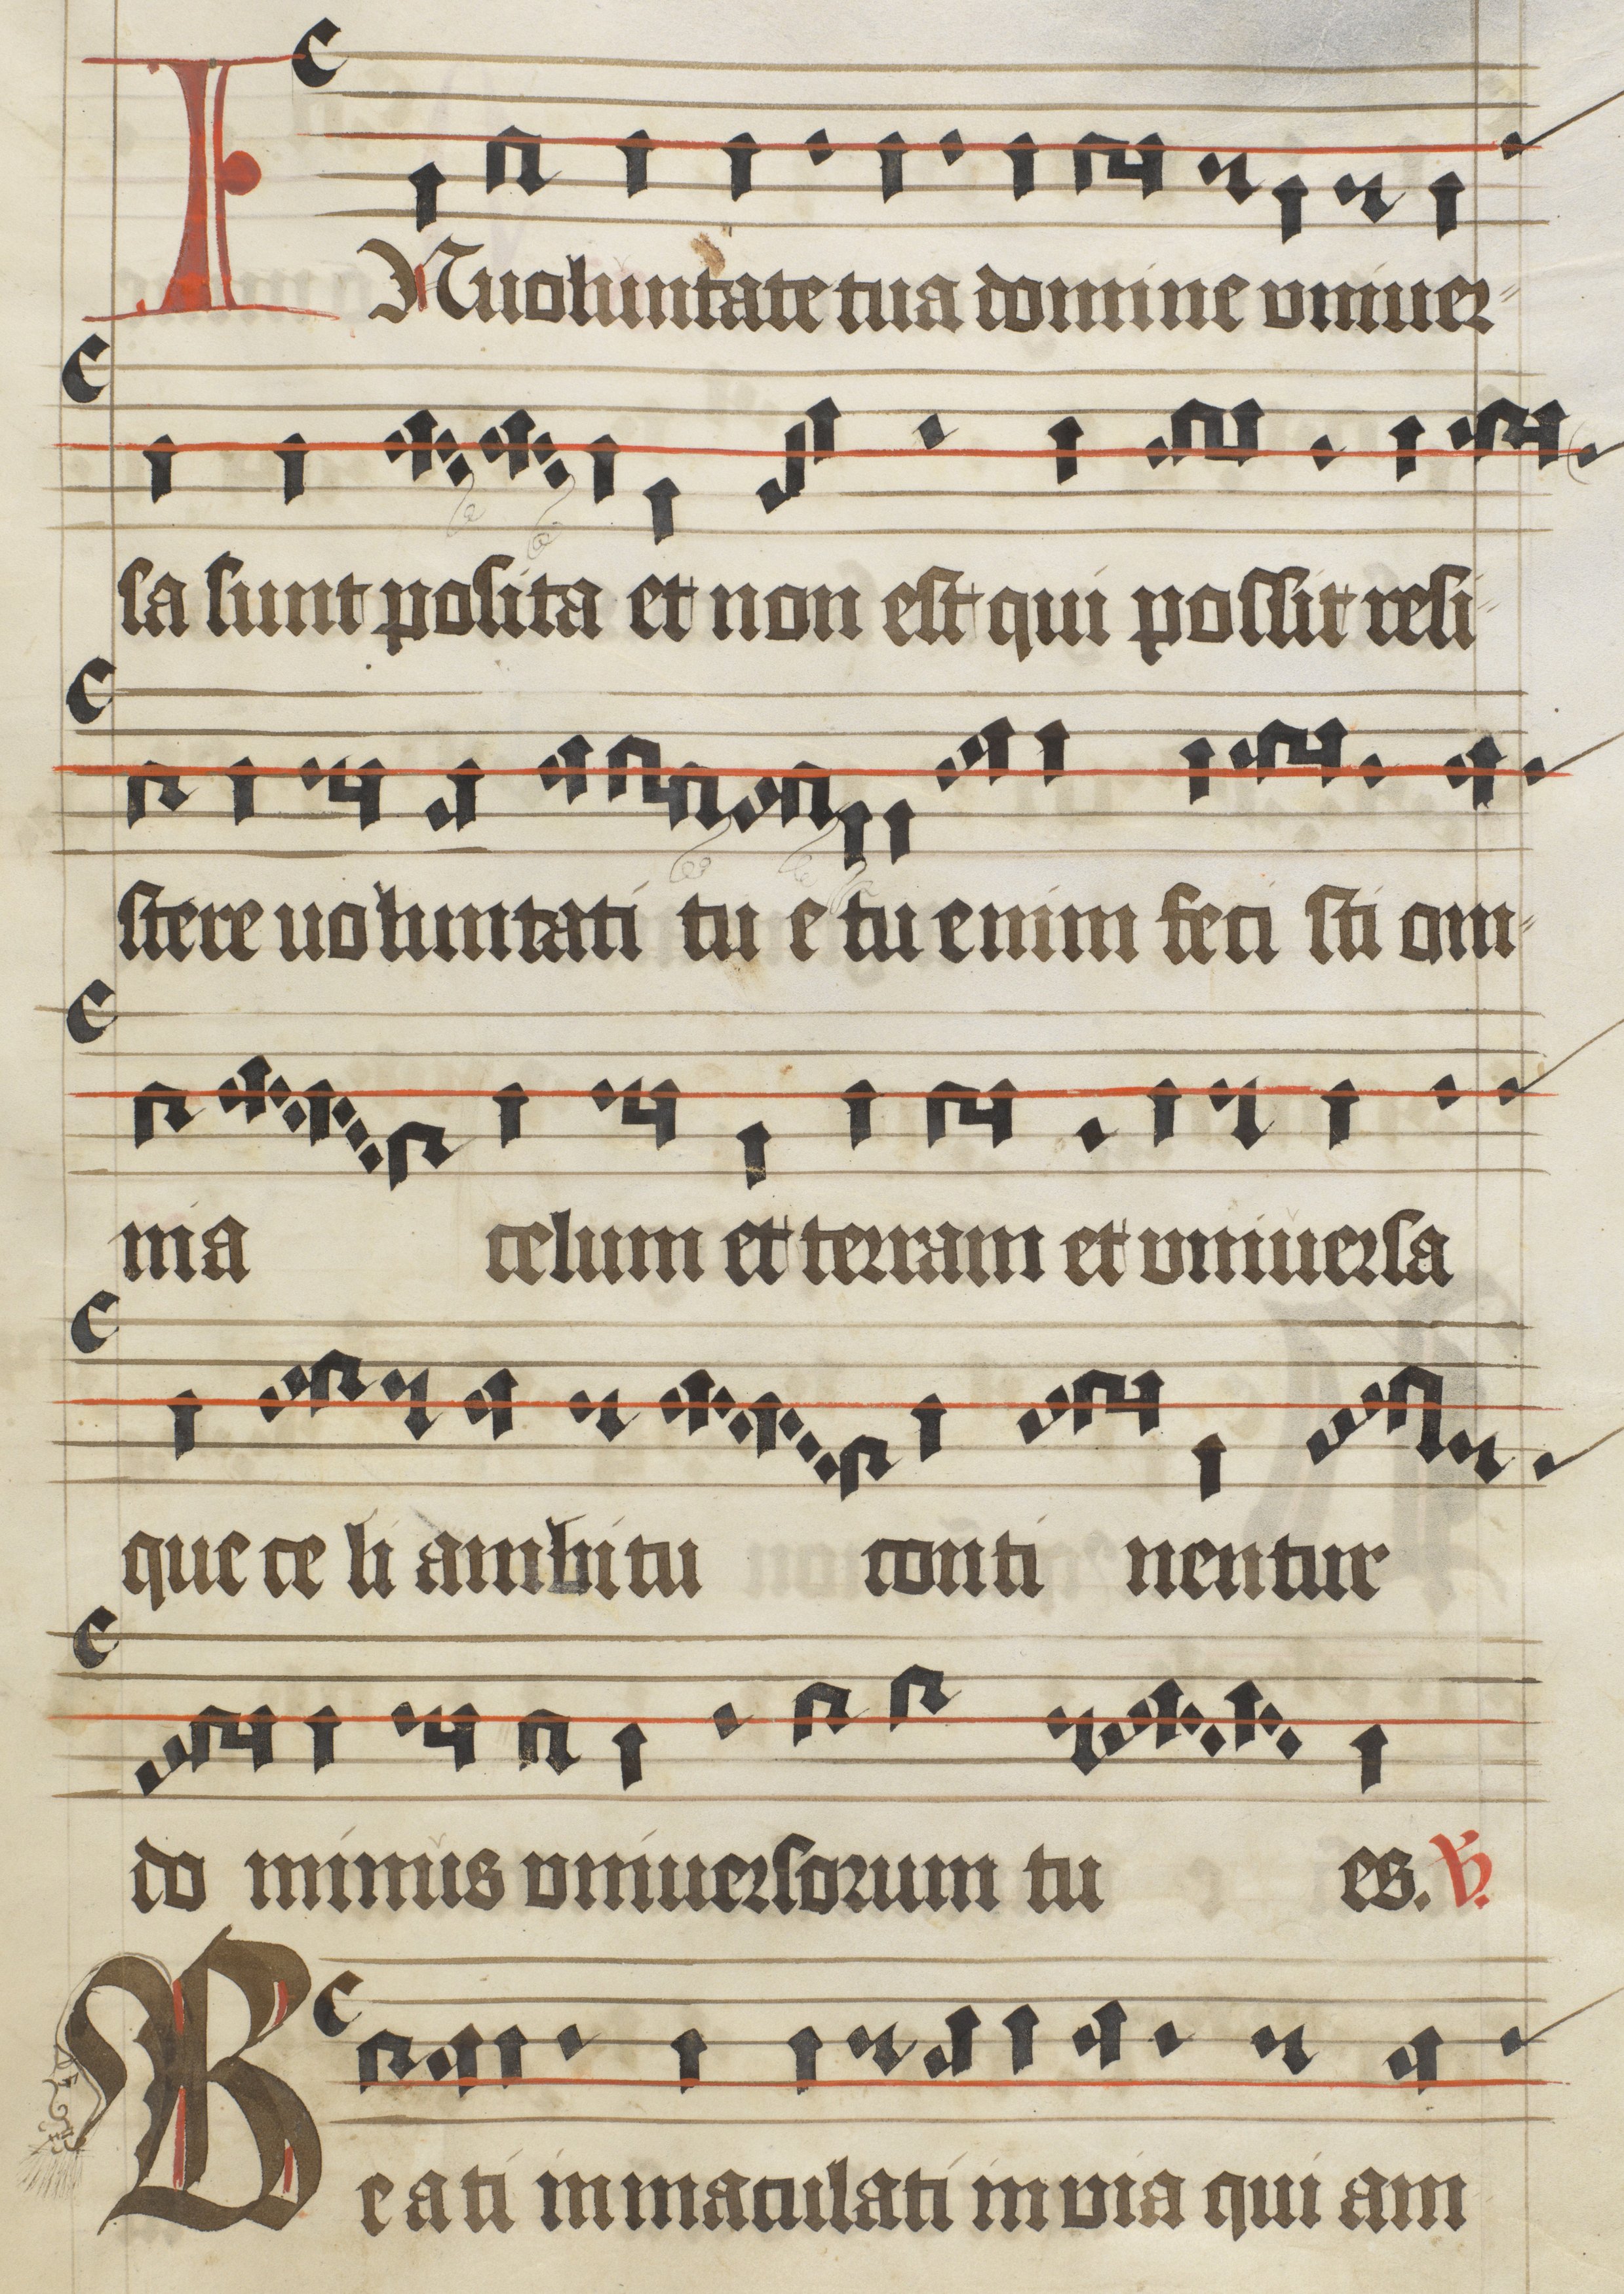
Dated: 1475–1499